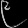
Digit: ၉